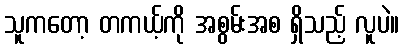
သူကတော့ တကယ့်ကို အစွမ်းအစ ရှိသည့် လူပဲ။